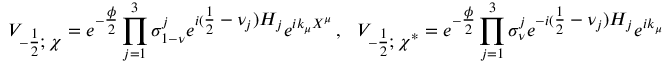
V _ { - \textstyle { \frac { 1 } { 2 } } ; \chi } = e ^ { - \textstyle { \frac { \phi } { 2 } } } \prod _ { j = 1 } ^ { 3 } \sigma _ { 1 - \nu } ^ { j } e ^ { i ( \textstyle { \frac { 1 } { 2 } } - \nu _ { j } ) H _ { j } } e ^ { i k _ { \mu } X ^ { \mu } } \, , \ \ \ V _ { - \textstyle { \frac { 1 } { 2 } } ; \chi ^ { * } } = e ^ { - \textstyle { \frac { \phi } { 2 } } } \prod _ { j = 1 } ^ { 3 } \sigma _ { \nu } ^ { j } e ^ { - i ( \textstyle { \frac { 1 } { 2 } } - \nu _ { j } ) H _ { j } } e ^ { i k _ { \mu } X ^ { \mu } } \, .